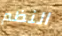
النظم